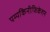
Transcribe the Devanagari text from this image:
पम्पकिनीफिकेशन